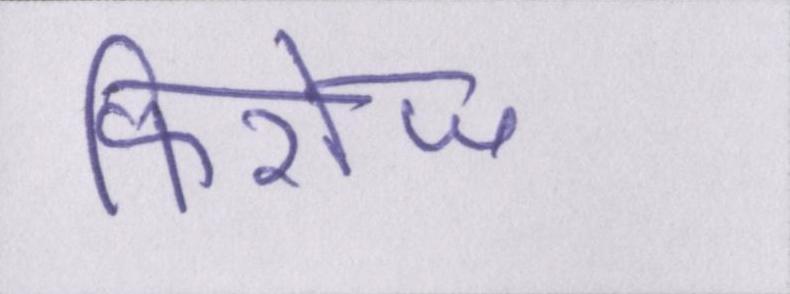
फिरोज